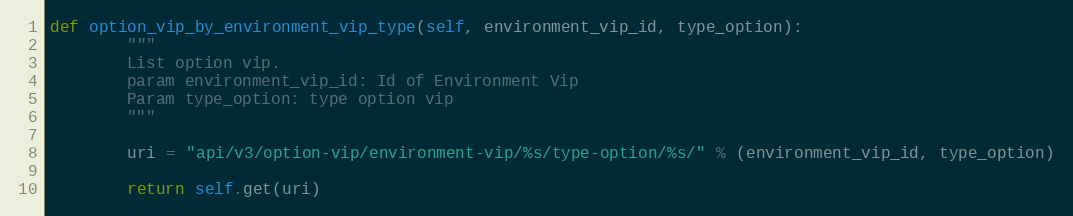
Language: Python
def option_vip_by_environment_vip_type(self, environment_vip_id, type_option):
        """
        List option vip.
        param environment_vip_id: Id of Environment Vip
        Param type_option: type option vip
        """

        uri = "api/v3/option-vip/environment-vip/%s/type-option/%s/" % (environment_vip_id, type_option)

        return self.get(uri)